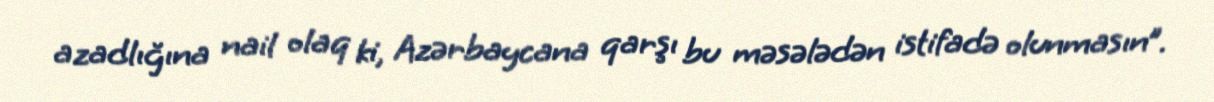
azadlığına nail olaq ki, Azərbaycana qarşı bu məsələdən istifadə olunmasın”.